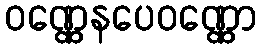
ဝဏ္ဏေနပေဝဏ္ဏော